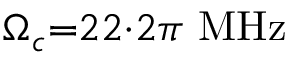
\Omega _ { c } { = } 2 2 { \cdot } 2 \pi \ \mathrm { M H z }